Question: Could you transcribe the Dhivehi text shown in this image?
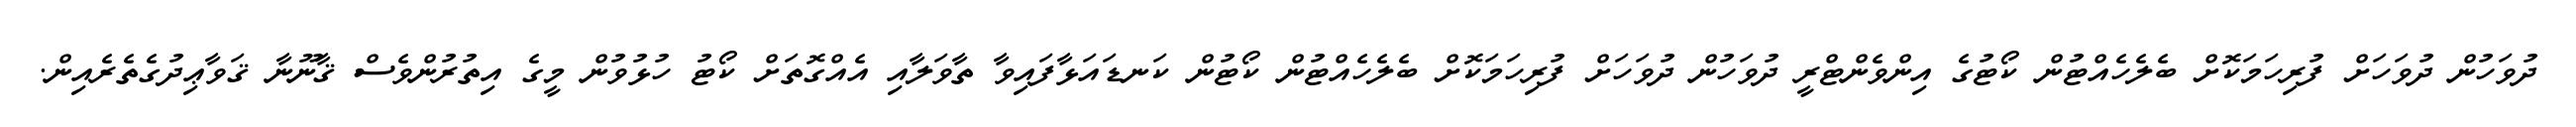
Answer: ދުވަހުން ދުވަހަށް ފުރިހަމަކޮށް ބެލެހެއްޓުން ކޯޓުގެ އިންވެންޓްރީ ދުވަހުން ދުވަހަށް ފުރިހަމަކޮށް ބެލެހެއްޓުން ކޯޓުން ކަނޑައަޅާފައިވާ ތާވަލާއި އެއްގޮތަށް ކޯޓު ހުޅުވުން މީގެ އިތުރުންވެސް ޤާނޫނާ ޤަވާޢިދުގެތެރެއިން.